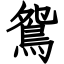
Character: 鴛